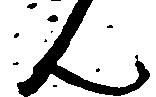
ん